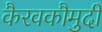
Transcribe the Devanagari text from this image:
कैरवकौमुदी